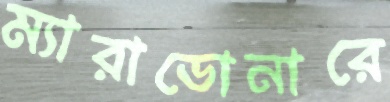
ম্যারাডোনারে